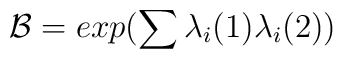
{\cal B}= exp(\sum {\lambda}_{i}(1){\lambda}_{i}(2))